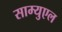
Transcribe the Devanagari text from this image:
साम्युएल